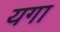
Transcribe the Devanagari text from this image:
यगा